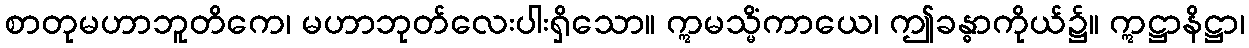
စာတုမဟာဘူတိကေ၊ မဟာဘုတ်လေးပါးရှိသော။ ဣမသ္မိံကာယေ၊ ဤခန္ဓာကိုယ်၌။ ဣဋ္ဌာနိဋ္ဌာ၊